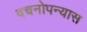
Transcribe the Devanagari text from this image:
वचनोपन्यास